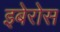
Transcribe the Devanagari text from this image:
इबेरोस